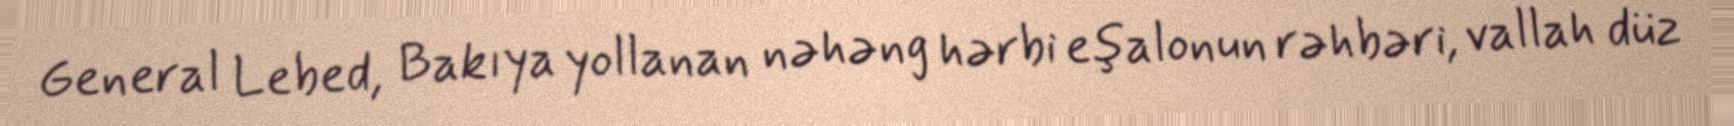
General Lebed, Bakıya yollanan nəhəng hərbi eşalonun rəhbəri, vallah düz